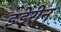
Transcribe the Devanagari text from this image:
इडेरीन